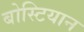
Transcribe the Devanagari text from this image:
बोस्टियान